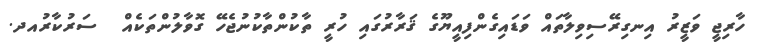
ހާރިޖީ ވަޒީރު އިނގިރޭސިވިލާތައް ވަޑައިގެންފިއީޔޫގެ ޤަރާރުގައި ހުރީ ތާކުންތާކުނުޖެހޭ ގޮވާލުންތަކެއް  ސަރުކާރުއދ.